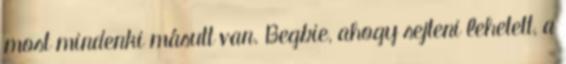
most mindenki másutt van. Begbie, ahogy sejteni lehetett, a